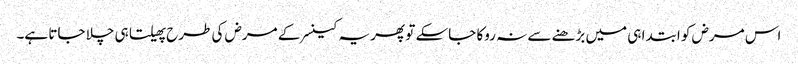
اس مرض کو ابتدا ہی میں بڑھنے سے نہ روکا جاسکے تو پھر یہ کینسر کے مرض کی طرح پھیلتا ہی چلا جاتا ہے۔